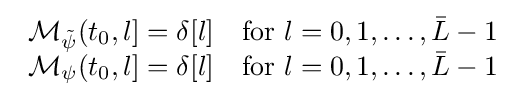
{\begin{array}{lcl}{\mathcal {M_{\tilde {\psi }}}}(t_{0},l]=\delta [l]&{\text{for }}l=0,1,\ldots ,{\bar {L}}-1\\{\mathcal {M_{\psi }}}(t_{0},l]=\delta [l]&{\text{for }}l=0,1,\ldots ,{\bar {L}}-1\\\end{array}}